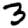
Digit: 3